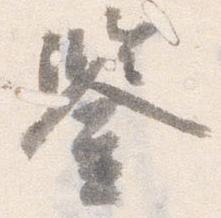
鑑